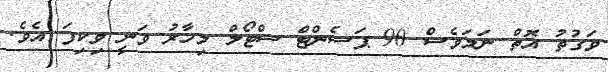
ވަގުތު އޮތް ނަމަވެސް 90 ޕަސެންޓް ސްޓޯލް މިހާރު ވަނީ ވިކިފަ އެވެ.